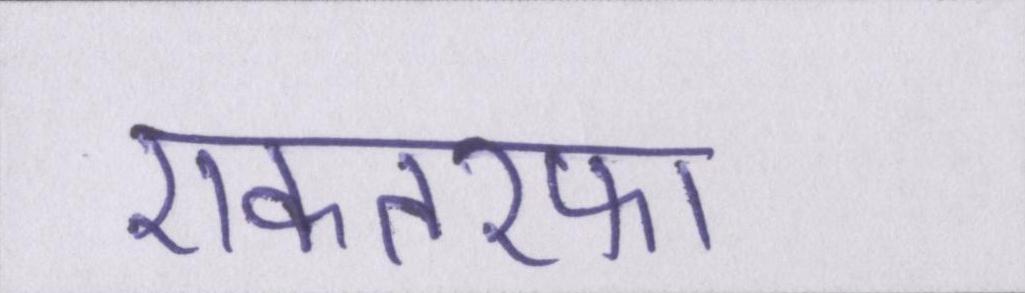
एकतरफा